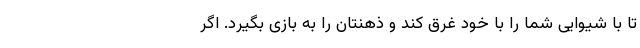
تا با شیوایی شما را با خود غرق کند و ذهنتان را به بازی بگیرد. اگر